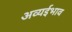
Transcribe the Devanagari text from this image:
अव्यईभाव